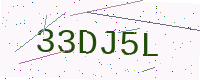
Text: 33DJ5L